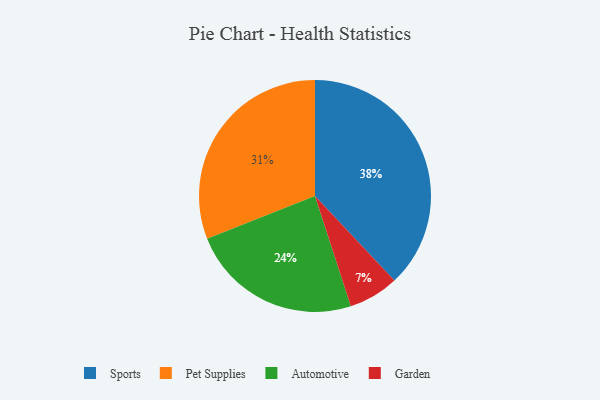
{"axis": {"x": "Category", "y": "Percentage"}, "legend": ["Automotive", "Garden", "Pet Supplies", "Sports"], "data": [{"x": "Pet Supplies", "y": 31, "type": "Pet Supplies"}, {"x": "Automotive", "y": 24, "type": "Automotive"}, {"x": "Sports", "y": 38, "type": "Sports"}, {"x": "Garden", "y": 7, "type": "Garden"}]}